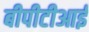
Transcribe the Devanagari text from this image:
बीपीटीआई